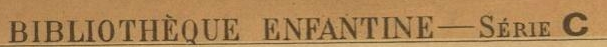
BIBLIOTHEQUE ENFANTINE-SERIE C